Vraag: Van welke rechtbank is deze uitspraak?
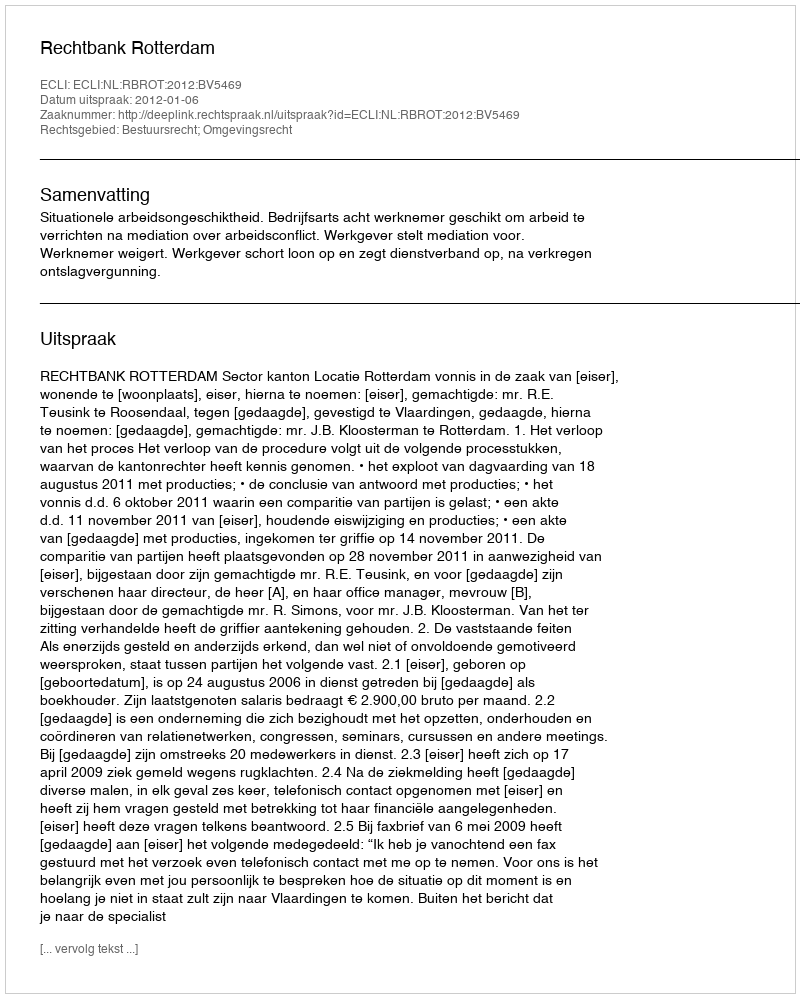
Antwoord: Rechtbank Rotterdam